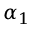
\alpha _ { 1 }